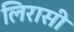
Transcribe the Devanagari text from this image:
लिरासी